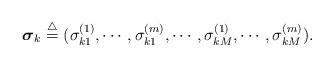
LaTeX: \begin{align*}\mbox{\boldmath $\sigma$}_k\stackrel{\triangle}{=}(\sigma_{k1}^{(1)}, \cdots, \sigma_{k1}^{(m)}, \cdots, \sigma_{kM}^{(1)}, \cdots, \sigma_{kM}^{(m)}) .\end{align*}